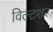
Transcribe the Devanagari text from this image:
विल्टशर